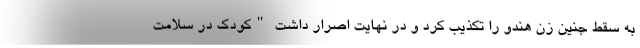
به سقط جنین زن هندو را تکذیب کرد و در نهایت اصرار داشت "کودک در سلامت